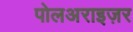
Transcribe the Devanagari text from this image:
पोलअराइज़र